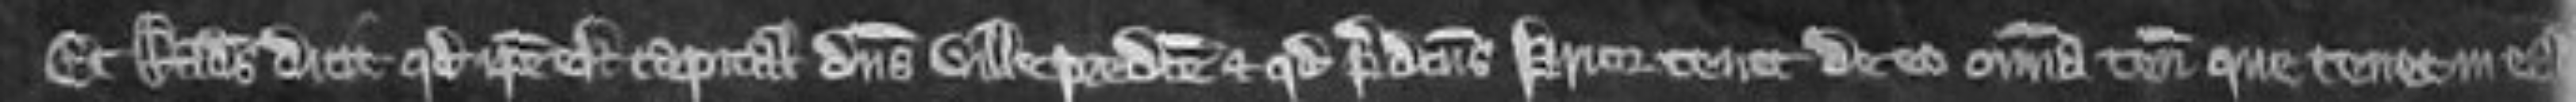
Et Radulfus dicit quod ipse est capitalis dominus ville predicte et quod predictus Prior tenet de eo omnia tenementa que tenet in eadem